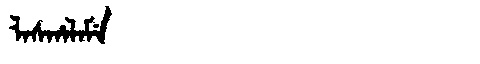
Manchu: ᠯᠠᠰᡥᠠᠯᠠᠮᡝ
Romanization: LASHALAME